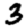
Digit: 3